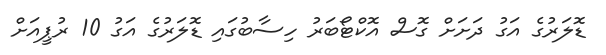
ޑޮލަރުގެ އަގު ދަށަށް ގޮސް އޮކްޓޯބަރު ހިސާބުގައި ޑޮލަރުގެ އަގު 10 ރުޕީއަށް